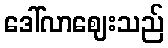
ဒေါ်လာဈေးသည်